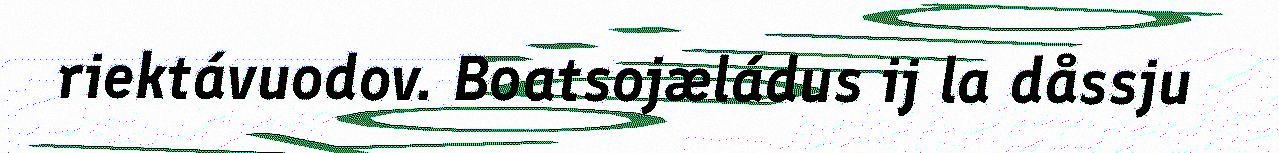
riektávuodov. Boatsojæládus ij la dåssju